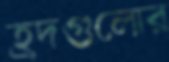
হ্রদগুলোর